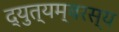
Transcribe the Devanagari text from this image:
द्युत्यम्बरस्य